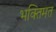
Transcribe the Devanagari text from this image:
भक्तिमत